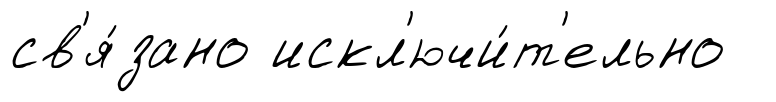
св'я́зано искл'ючи́т'ельно